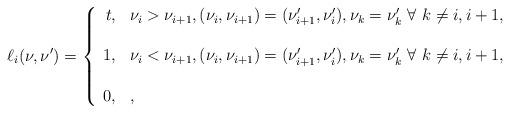
LaTeX: \begin{align*}\ell_i(\nu,\nu')=\left\{\begin{array}{rl}t,&\nu_i > \nu_{i+1},(\nu_i,\nu_{i+1}) = (\nu'_{i+1},\nu'_i),\nu_k = \nu'_k\ \forall\ k \not= i,i+1,\\ \\1,&\nu_i < \nu_{i+1},(\nu_i,\nu_{i+1}) = (\nu'_{i+1},\nu'_i),\nu_k = \nu'_k\ \forall\ k \not= i,i+1,\\ \\0,&,\end{array}\right.\end{align*}